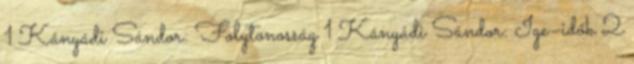
1 Kányádi Sándor: Folytonosság 1 Kányádi Sándor: Ige–idők 2